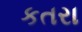
કતરા